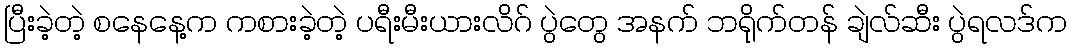
ပြီးခဲ့တဲ့ စနေနေ့က ကစားခဲ့တဲ့ ပရီးမီးယားလိဂ် ပွဲတွေ အနက် ဘရိုက်တန် ချဲလ်ဆီး ပွဲရလဒ်က